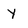
Character: y